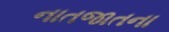
નાતજાતના